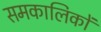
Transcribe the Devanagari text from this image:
समकालिकों